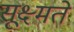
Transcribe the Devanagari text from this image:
सूक्ष्मते